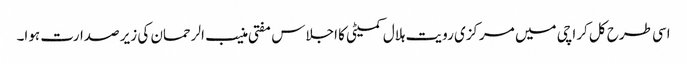
اسی طرح کل کراچی میں مرکزی رویت ہلال کمیٹی کا اجلاس مفتی منیب الرحمان کی زیر صدارت ہوا۔